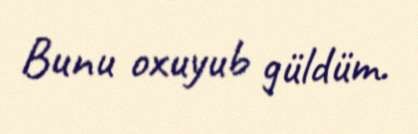
Bunu oxuyub güldüm.